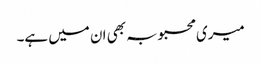
میری محبوبہ بھی ان میں ہے۔